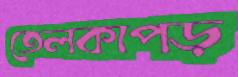
তেলকাপড়